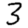
Digit: 3